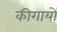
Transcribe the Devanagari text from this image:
कीगायों